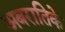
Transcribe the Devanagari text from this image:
अबरातिके